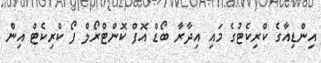
އިންޑިއާގެ ކްރިކެޓުގެ މައި އިދާރާ ބޯޑް އޮފް ކޮންޓްރޯލް ފޯ ކްރިކެޓް އިން